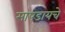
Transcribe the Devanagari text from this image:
सापडायचे